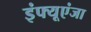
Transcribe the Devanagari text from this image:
इंफ्यूएंजा